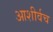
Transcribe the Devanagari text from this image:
आशीर्वच